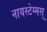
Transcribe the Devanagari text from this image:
नायस्‍टेग्‍मस्